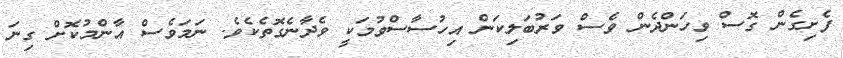
ފެށިގެން ގޮސް ވިހަންދެން ވެސް ވަރުބަލިކަން އިހުސާސްވުމަކީ ވެދާނެގޮތެކެވެ. ނަމަވެސް އާންމުކޮށް ގިނަ